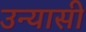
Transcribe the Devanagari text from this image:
उन्यासी